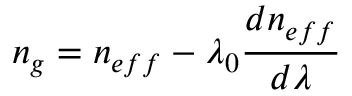
n _ { g } = n _ { e f f } - \lambda _ { 0 } \frac { d n _ { e f f } } { d \lambda }